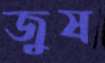
জুষ